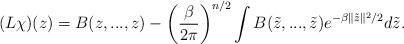
LaTeX: \begin{align*}(L\chi)(z)=B(z,...,z)-\left(\frac{\beta}{2\pi}\right)^{n/2}\int B(\tilde z,...,\tilde z)e^{-\beta\|\tilde z\|^2/2}d\tilde z.\end{align*}